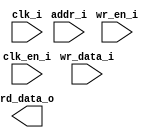
/*******************************************************************************
    Verilog netlist generated by IPGEN Radiant
    Soft IP Version: 1.0.0
    Mon Nov 05 14:09:57 2018
*******************************************************************************/
/*******************************************************************************
    Wrapper Module generated per user settings.
*******************************************************************************/
module rom_himax_cfg_324_dim_maxfps (clk_i, clk_en_i, wr_en_i, wr_data_i,
    addr_i, rd_data_o)/* synthesis syn_black_box syn_declare_black_box=1 */;
    input  clk_i;
    input  clk_en_i;
    input  wr_en_i;
    input  [15:0]  wr_data_i;
    input  [7:0]  addr_i;
    output  [15:0]  rd_data_o;
endmodule